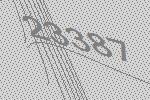
23387